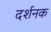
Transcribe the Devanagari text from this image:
दर्शनक